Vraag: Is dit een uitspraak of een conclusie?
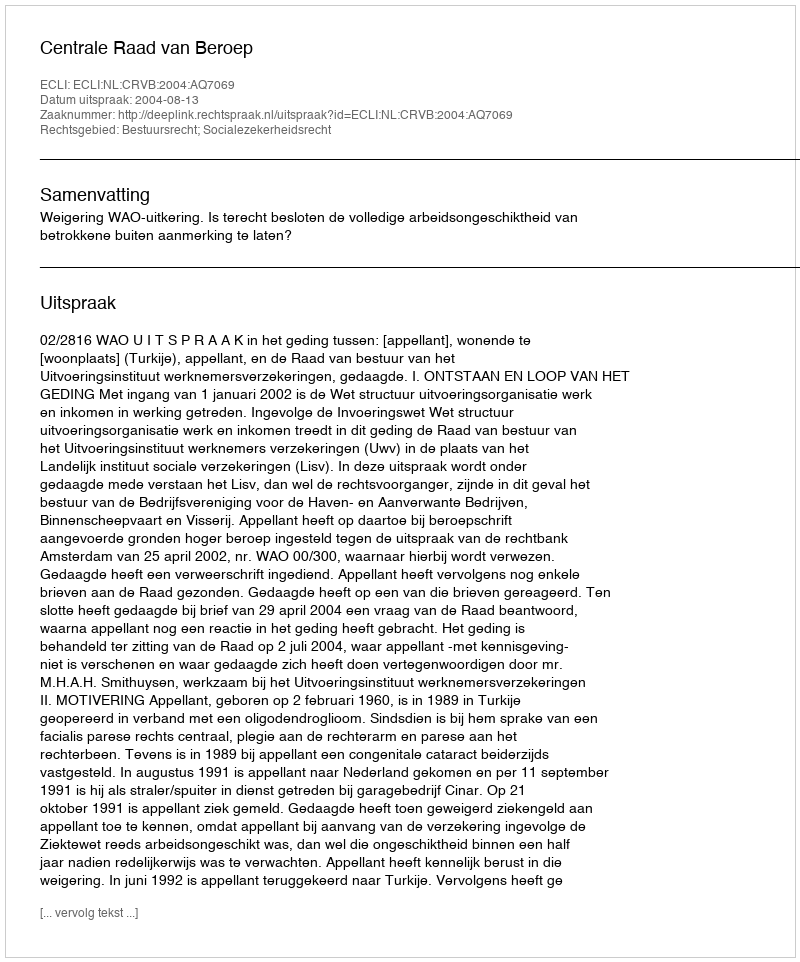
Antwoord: Uitspraak